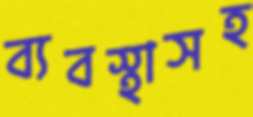
ব্যবস্থাসহ